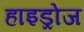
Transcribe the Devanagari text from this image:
हाइड्रोज